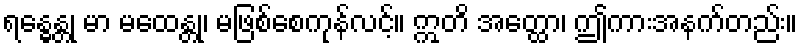
ရန္ဓေန္တု မာ မထေန္တု၊ မဖြစ်စေကုန်လင့်။ ဣတိ အတ္ထော၊ ဤကားအနက်တည်း။